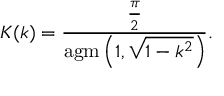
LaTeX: K ( k ) = { \frac { \frac { \pi } { 2 } } { \operatorname { a g m } \left( 1 , { \sqrt { 1 - k ^ { 2 } } } \right) } } .